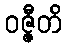
ဝဇ္ဇီတိ